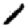
Digit: 1